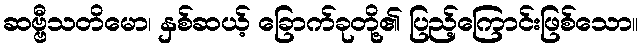
ဆဗ္ဗီသတိမော၊ နှစ်ဆယ့် ခြောက်ခုတို့၏ ပြည့်ကြောင်းဖြစ်သော။